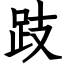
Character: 跂